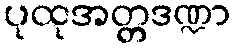
ပုထုအတ္တဒဏ္ဍာ